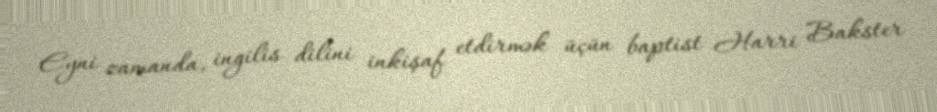
Eyni zamanda, ingilis dilini inkişaf etdirmək üçün baptist Harri Bakster